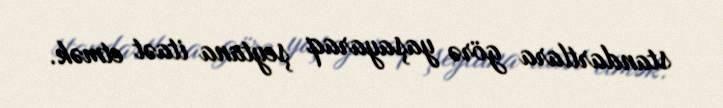
standartlara görə yaşayaraq şeytana itaət etmək.